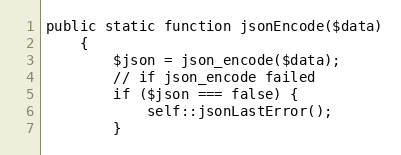
Language: PHP
public static function jsonEncode($data)
    {
        $json = json_encode($data);
        // if json_encode failed
        if ($json === false) {
            self::jsonLastError();
        }